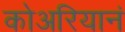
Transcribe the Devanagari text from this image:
कोअरियानं